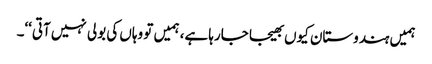
ہمیں ہندوستان کیوں بھیجا جارہا ہے، ہمیں تو وہاں کی بولی نہیں آتی‘‘۔